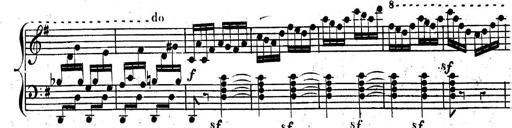
Title: Nouvelle Sonatine facile et agrÃ©able
Composer: Ignaz Moscheles
Key: G major